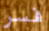
فسر